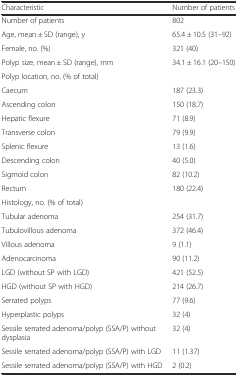
| Characteristic | Number of patients |
 | --- | --- |
 | Number of patients | 802 |
 | Age, mean ± SD (range), y | 65.4 ± 10.5 (31–92) |
 | Female, no. (%) | 321 (40) |
 | Polyp size, mean ± SD (range), mm | 34.1 ± 16.1 (20–150) |
 | Polyp location, no. (% of total) |  |
 | Caecum | 187 (23.3) |
 | Ascending colon | 150 (18.7) |
 | Hepatic flexure | 71 (8.9) |
 | Transverse colon | 79 (9.9) |
 | Splenic flexure | 13 (1.6) |
 | Descending colon | 40 (5.0) |
 | Sigmoid colon | 82 (10.2) |
 | Rectum | 180 (22.4) |
 | Histology, no. (% of total) |  |
 | Tubular adenoma | 254 (31.7) |
 | Tubulovillous adenoma | 372 (46.4) |
 | Villous adenoma | 9 (1.1) |
 | Adenocarcinoma | 90 (11.2) |
 | LGD (without SP with LGD) | 421 (52.5) |
 | HGD (without SP with HGD) | 214 (26.7) |
 | Serrated polyps | 77 (9.6) |
 | Hyperplastic polyps | 32 (4) |
 | Sessile serrated adenoma/polyp (SSA/P) without dysplasia | 32 (4) |
 | Sessile serrated adenoma/polyp (SSA/P) with LGD | 11 (1.37) |
 | Sessile serrated adenoma/polyp (SSA/P) with HGD | 2 (0.2) |